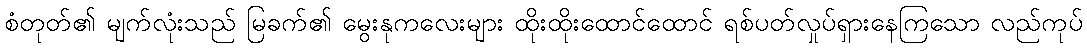
စံတုတ်၏ မျက်လုံးသည် မြခက်၏ မွေးနုကလေးများ ထိုးထိုးထောင်ထောင် ရစ်ပတ်လှုပ်ရှားနေကြသော လည်ကုပ်